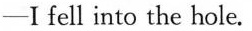
—I fell into the hole.